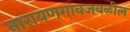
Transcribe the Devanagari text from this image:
नारायणगावजवळील